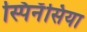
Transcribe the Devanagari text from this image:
स्पिनॅसिया